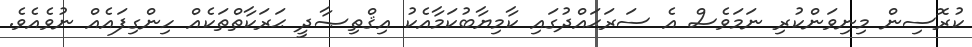
ކުރޮސިން މިނިވަންކުރި ނަމަވެސް އެ ސަރަޙައްދުގައި ކާމިޔާބުކަމާއެކު އިޤްތިޞާދީ ޙަރަކާތްތަކެއް ހިންގިފައެއް ނުވެއެވެ.